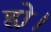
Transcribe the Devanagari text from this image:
हो़।